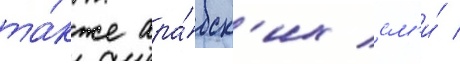
та́кже ара́бск'их см'и́ /